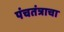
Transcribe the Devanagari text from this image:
पंचतंत्राचा